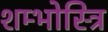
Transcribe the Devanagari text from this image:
शम्भोस्त्रि